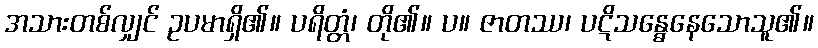
အသားတစ်လျှင် ဥပမာရှိ၏။ ပရိတ္တံ၊ တို၏။ ပ။ ဇာတဿ၊ ပဋိသန္ဓေနေသောသူ၏။